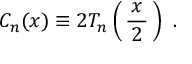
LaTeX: C _ { n } ( x ) \equiv 2 T _ { n } \left( \, { \frac { \, x \, } { 2 } } \, \right) ~ .